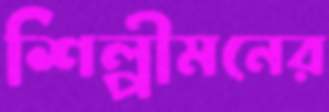
শিল্পীমনের